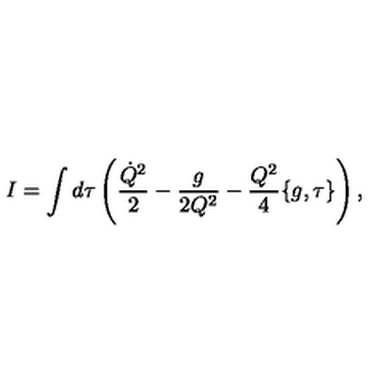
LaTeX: I = \int d \tau \left( \frac { \dot { Q } ^ { 2 } } { 2 } - \frac { g } { 2 Q ^ { 2 } } - \frac { Q ^ { 2 } } { 4 } \{ g , \tau \} \right) ,